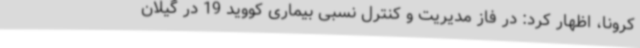
کرونا، اظهار کرد: در فاز مدیریت و کنترل نسبی بیماری کووید 19 در گیلان